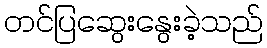
တင်ပြဆွေးနွေးခဲ့သည်